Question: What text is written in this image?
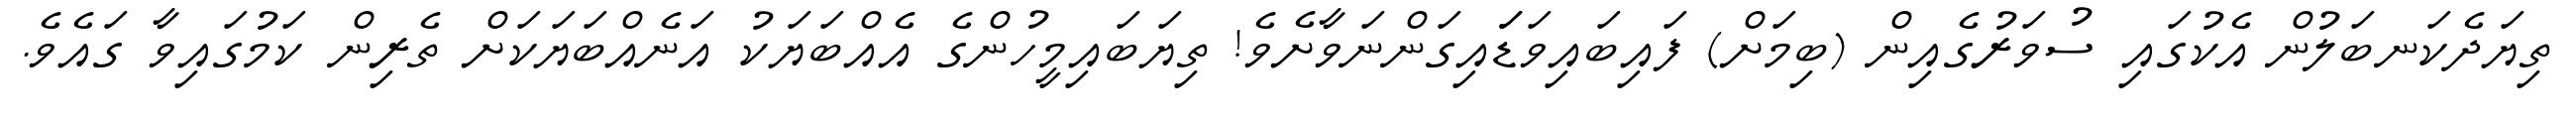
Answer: ތިޔަދެކަނބަލުން އެކުގައި ސުވަރުގެއިން (ބިމަށް) ފައިބައިވަޑަައިގަންނަވާށެވެ! ތިޔަބައިމީހުންގެ އެއްބަޔަކު އަނެއްބަޔަކަށް ތެރިން ކަމުގައިވާ ގައެވެ.